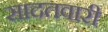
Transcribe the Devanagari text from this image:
सादतवारी